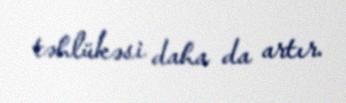
təhlükəsi daha da artır.